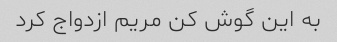
به این گوش کن مریم ازدواج کرد